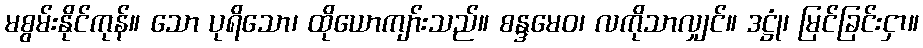
မစွမ်းနိုင်ကုန်။ သော ပုရိသော၊ ထိုယောကျာ်းသည်။ စန္ဒမေဝ၊ လကိုသာလျှင်။ ဒဋ္ဌုံ၊ မြင်ခြင်းငှာ။